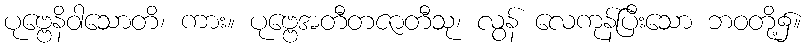
ပုဗ္ဗေနိဝါသောတိ၊ ကား။ ပုဗ္ဗေအတီတဇာတီသု၊ လွန် လေကုန်ပြီးသော ဘဝတို့၌။